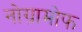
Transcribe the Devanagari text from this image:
नोग्रामोफ